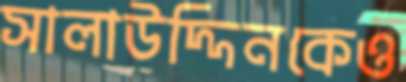
সালাউদ্দিনকেও